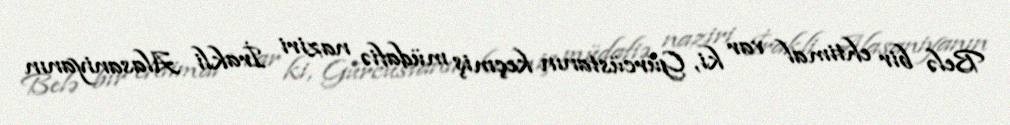
Belə bir ehtimal var ki, Gürcüstanın keçmiş müdafiə naziri İrakli Alasaniyanın